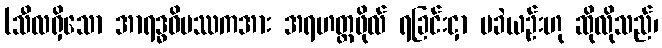
(သီလရှိသော အာရဒ္ဓဝိပဿကအား အရဟတ္တဖိုလ် ရခြင်းငှာ မခဲယဉ်းဟု ဆိုလိုသည်၊